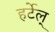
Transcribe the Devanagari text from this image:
हर्टेल्